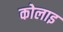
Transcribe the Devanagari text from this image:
कोलाइ